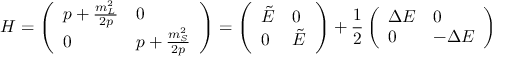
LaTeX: H = \left( \begin{array} { l l } { { p + \frac { m _ { L } ^ { 2 } } { 2 p } } } & { { 0 } } \\ { { 0 } } & { { p + \frac { m _ { S } ^ { 2 } } { 2 p } } } \end{array} \right) = \left( \begin{array} { l l } { { \tilde { E } } } & { { 0 } } \\ { { 0 } } & { { \tilde { E } } } \end{array} \right) + { \frac { 1 } { 2 } } \left( \begin{array} { l l } { { \Delta E } } & { { 0 } } \\ { { 0 } } & { { - \Delta E } } \end{array} \right)